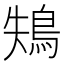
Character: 鴩